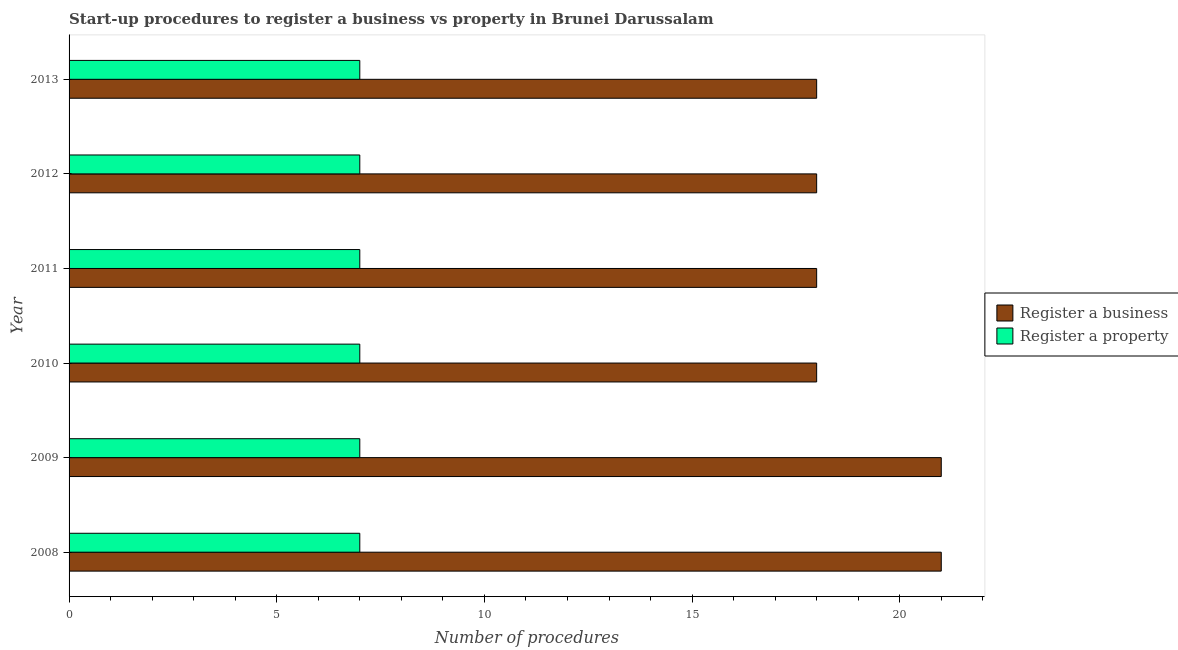
| Year | Register a business | Register a property |
 | --- | --- | --- |
 | 2008 | 21 | 7 |
 | 2009 | 21 | 7 |
 | 2010 | 18 | 7 |
 | 2011 | 18 | 7 |
 | 2012 | 18 | 7 |
 | 2013 | 18 | 7 |